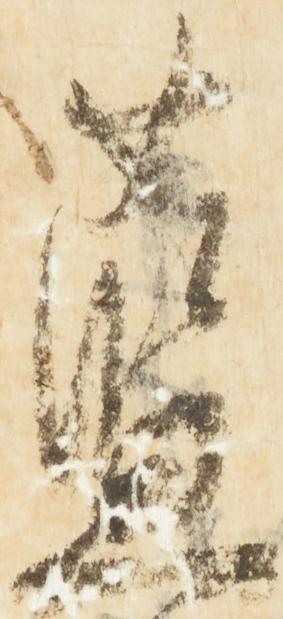
藍